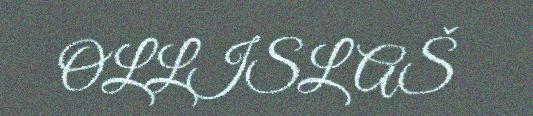
OLLISLAŠ